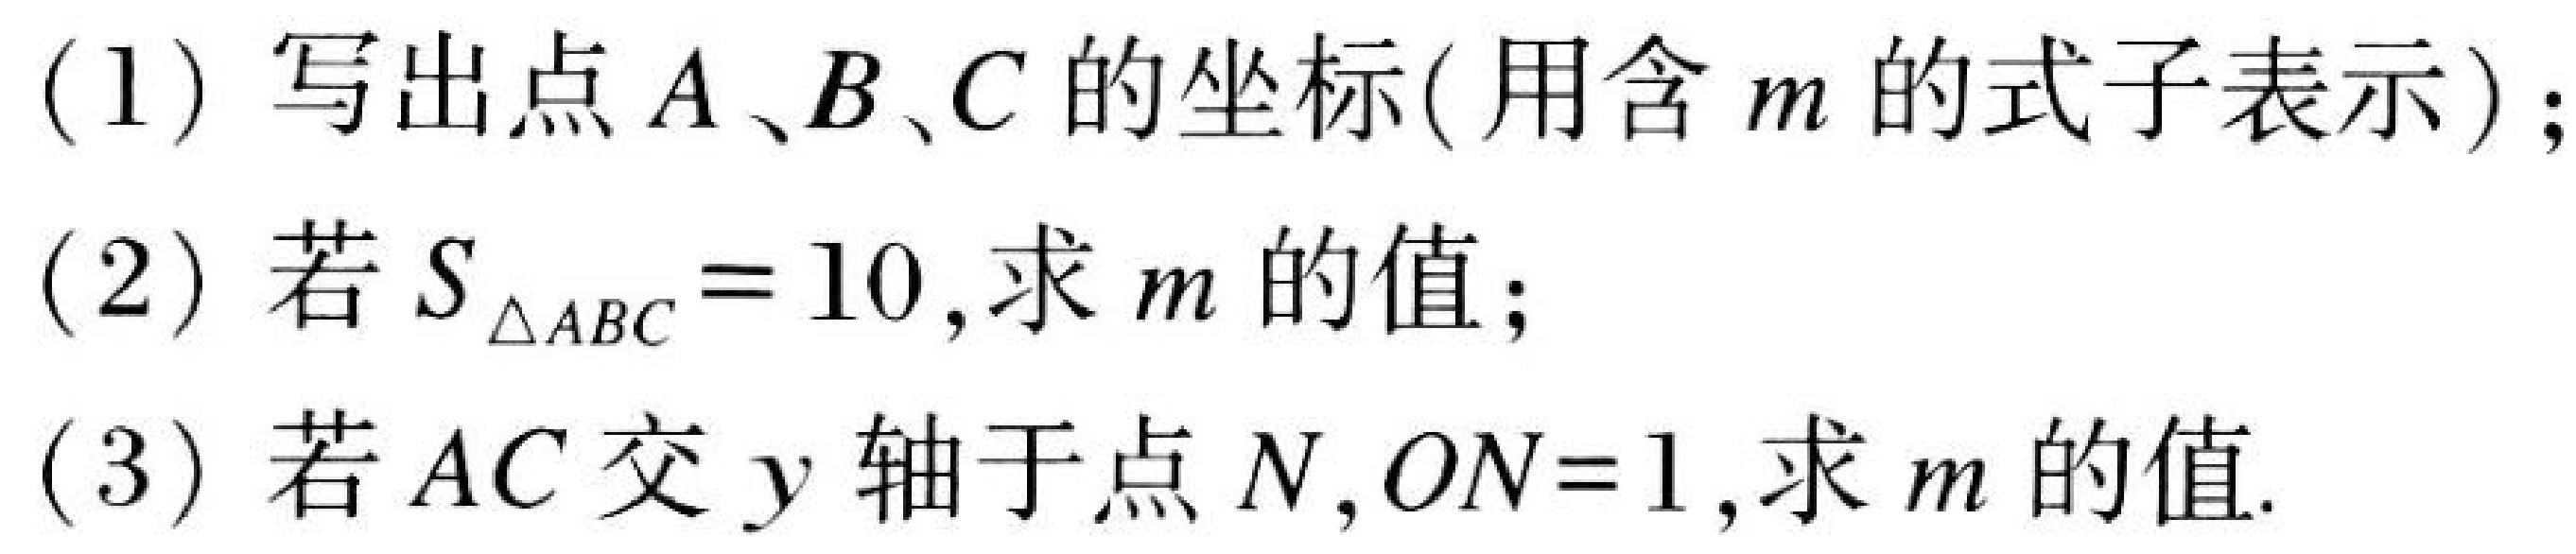
(1) 写出点 \(A、B、C\) 的坐标( 用含 \(m\) 的式子表示)；
(2) 若 \(S_{\triangle ABC}=10\),求 \(m\) 的值；
(3) 若 \(AC\) 交 \(y\) 轴于点 \(N\),\(ON = 1\),求 \(m\) 的值.